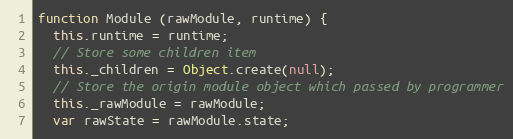
Language: JavaScript
function Module (rawModule, runtime) {
  this.runtime = runtime;
  // Store some children item
  this._children = Object.create(null);
  // Store the origin module object which passed by programmer
  this._rawModule = rawModule;
  var rawState = rawModule.state;